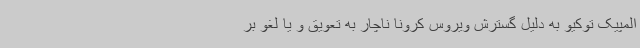
المپیک توکیو به دلیل گسترش ویروس کرونا ناچار به تعویق و یا لغو بر